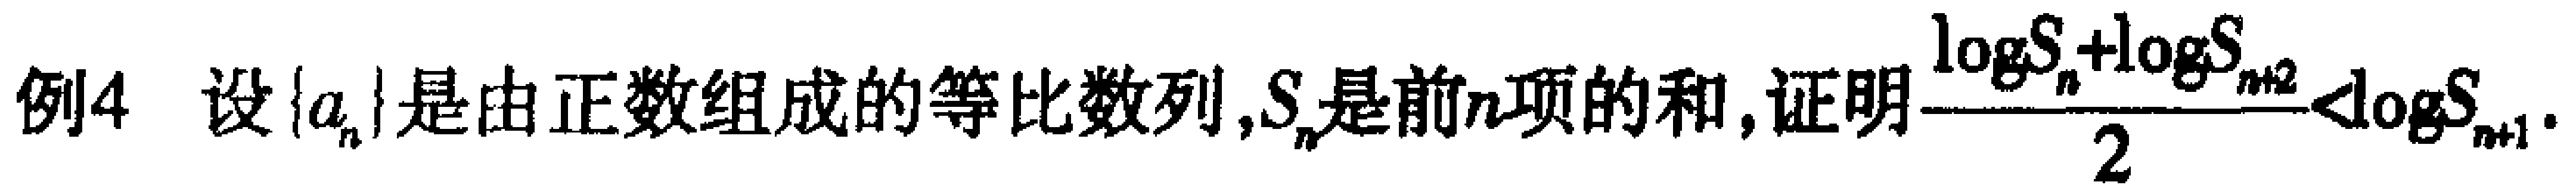
例4 设\(\{a_{n}\}\)是由正数组成的等比数列，\(S_{n}\)是前\(n\)项的和，证明\(\frac{\log_{2}S_{n}+\log_{2}S_{n + 2}}{2}<\log_{2}S_{n + 1}\)。